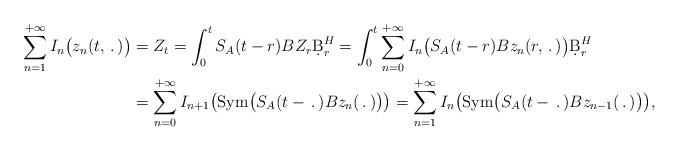
LaTeX: \begin{align*}\sum_{n=1}^{+\infty} I_n\big(z_n(t,\,.\,)\big)&=Z_t=\int_0^t S_A(t-r)BZ_r\d B^H_r=\int_0^t\sum_{n=0}^{+\infty} I_n\big(S_A(t-r)B z_n(r,\,.\,)\big)\d B^H_r\\&=\sum_{n=0}^{+\infty}I_{n+1}\big(\textrm{Sym}\big(S_A(t-\,.\,)B z_n(\,.\,)\big)\big)=\sum_{n=1}^{+\infty}I_n\big(\textrm{Sym}\big(S_A(t-\,.\,)B z_{n-1}(\,.\,)\big)\big),\end{align*}